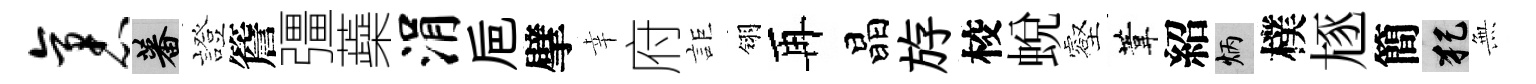
袤蕃證簷彊蘃涓巵擘幸府詎翎再晶斿校蜕壑葦紹炳樸豗簡犯𭴾